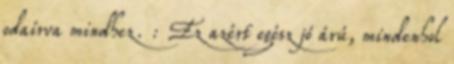
odaírva mindhez. : Ez azért egész jó árú, mindenhol